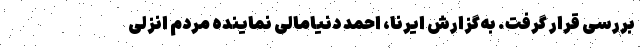
بررسی قرار گرفت. به‌گزارش ایرنا، احمد دنیامالی نماینده مردم انزلی